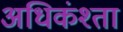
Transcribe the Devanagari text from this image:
अधिकंश्ता